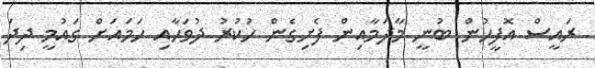
ރައީސް އޮފީހުން ބުނީ މާދަމާއިން ފެށިގެން ހުކުރު ދުވަހާއި ހަމައަށް ގައުމީ ދިދަ